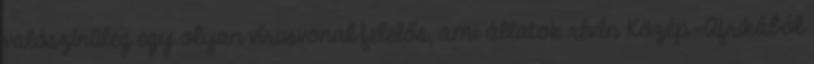
valószínűleg egy olyan vírusvonal felelős, ami állatok révén Közép-Afrikából